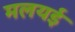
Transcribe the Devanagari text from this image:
मलयई